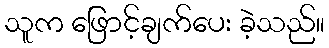
သူက ဖြောင့်ချက်ပေး ခဲ့သည်။